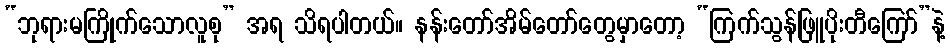
“ဘုရားမကြိုက်သောလူစု” အရ သိရပါတယ်။ နန်းတော်အိမ်တော်တွေမှာတော့ “ကြက်သွန်ဖြူပိုးတီကြော်”နဲ့